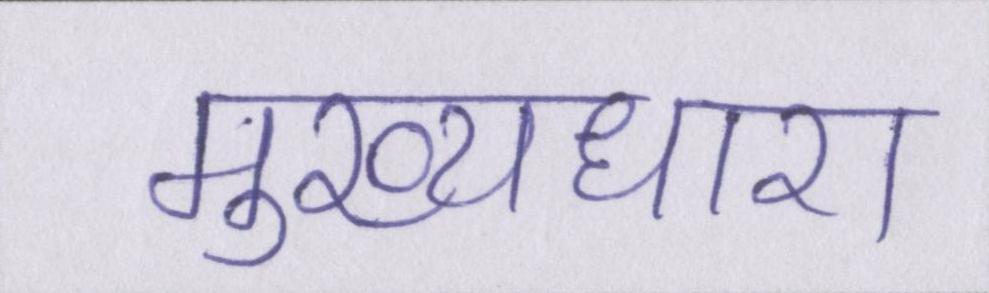
मुख्यधारा